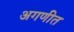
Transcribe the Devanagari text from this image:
अगणीत